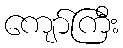
ကျော်ကြီး